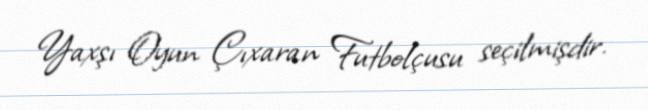
Yaxşı Oyun Çıxaran Futbolçusu seçilmişdir.